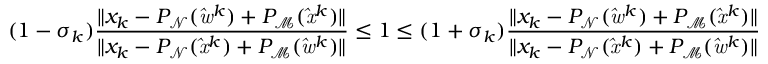
( 1 - \sigma _ { k } ) \frac { \| x _ { k } - P _ { \mathrm { \mathcal { N } } } ( \mathit { \hat { w } } ^ { k } ) + P _ { \mathrm { \mathcal { M } } } ( \mathit { \hat { x } } ^ { k } ) \| } { \| x _ { k } - P _ { \mathrm { \mathcal { N } } } ( \mathit { \hat { x } } ^ { k } ) + P _ { \mathrm { \mathcal { M } } } ( \mathit { \hat { w } } ^ { k } ) \| } \leq 1 \leq ( 1 + \sigma _ { k } ) \frac { \| x _ { k } - P _ { \mathrm { \mathcal { N } } } ( \mathit { \hat { w } } ^ { k } ) + P _ { \mathrm { \mathcal { M } } } ( \mathit { \hat { x } } ^ { k } ) \| } { \| x _ { k } - P _ { \mathrm { \mathcal { N } } } ( \mathit { \hat { x } } ^ { k } ) + P _ { \mathrm { \mathcal { M } } } ( \mathit { \hat { w } } ^ { k } ) \| }